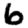
Digit: 6